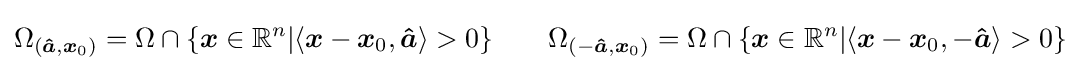
\Omega _{({\boldsymbol {\hat {a}}},{\boldsymbol {x}}_{0})}=\Omega \cap \{{\boldsymbol {x}}\in \mathbb {R} ^{n}|\langle {\boldsymbol {x}}-{\boldsymbol {x}}_{0},{\boldsymbol {\hat {a}}}\rangle >0\}\qquad \Omega _{(-{\boldsymbol {\hat {a}}},{\boldsymbol {x}}_{0})}=\Omega \cap \{{\boldsymbol {x}}\in \mathbb {R} ^{n}|\langle {\boldsymbol {x}}-{\boldsymbol {x}}_{0},-{\boldsymbol {\hat {a}}}\rangle >0\}